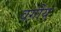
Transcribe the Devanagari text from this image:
वर्ग़ीय